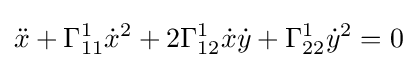
{\ddot {x}}+\Gamma _{11}^{1}{\dot {x}}^{2}+2\Gamma _{12}^{1}{\dot {x}}{\dot {y}}+\Gamma _{22}^{1}{\dot {y}}^{2}=0